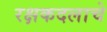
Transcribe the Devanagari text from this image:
रक्षकदलाचे